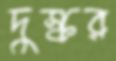
দুস্কর